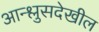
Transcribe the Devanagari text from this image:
आन्श्लुसदेखील